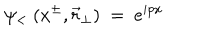
\psi _ { < } ~ ( x ^ { \pm } , { \vec { r } } _ { \perp } ) ~ = ~ e ^ { i p x }